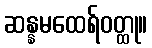
ဆန္နမထေရ်ဝတ္ထု။